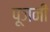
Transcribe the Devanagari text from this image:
पूजनी